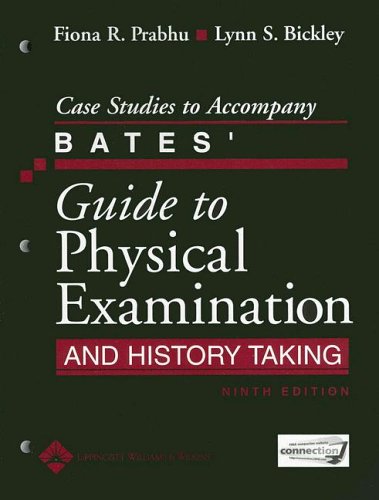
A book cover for Case Studies to Accompany Bates' Guide to Physical Examination and History Taking; Lynn S. Bickley MD; Medical Books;